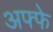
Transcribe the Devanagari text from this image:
अफ्फे